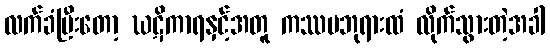
လက်ခံပြီးတော့ ဃဋိကာရနှင့်အတူ ကဿပဘုရားထံ လိုက်သွားတဲ့အခါ